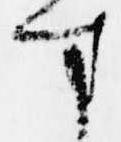
す